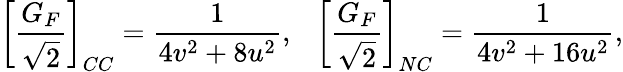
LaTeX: \left[{\frac{G_{F}}{\sqrt 2}}\right]_{CC}={\frac{1}{4v^{2}+8u^{2}}},~~~\left[{\frac{G_{F}}{\sqrt 2}}\right]_{NC}={\frac{1}{4v^{2}+16u^{2}}},